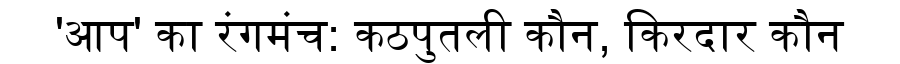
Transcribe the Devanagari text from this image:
'आप' का रंगमंच: कठपुतली कौन, किरदार कौन